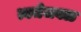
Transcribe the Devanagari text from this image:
त्वचेजवळ